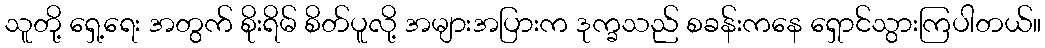
သူတို့ ရှေ့ရေး အတွက် စိုးရိမ် စိတ်ပူလို့ အများအပြားက ဒုက္ခသည် စခန်းကနေ ရှောင်သွားကြပါတယ်။